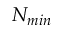
N _ { m i n }